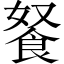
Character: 𲋖